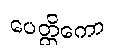
ပေတ္တိကော